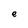
Character: e